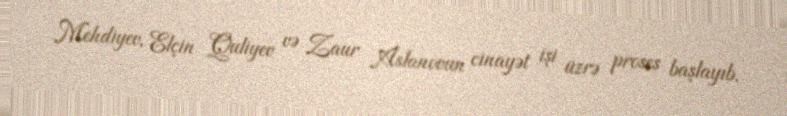
Mehdiyev, Elçin Quliyev və Zaur Aslanovun cinayət işi üzrə proses başlayıb.